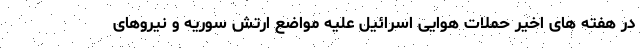
در هفته های اخیر حملات هوایی اسرائیل علیه مواضع ارتش سوریه و نیروهای